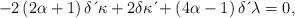
LaTeX: \begin{align*}-2\left( 2\alpha+1\right) \delta \,\acute{}\, \kappa+2\delta \kappa \,\acute{}+\left( 4\alpha-1\right) \delta \,\acute{}\, \lambda=0, \end{align*}